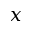
x